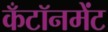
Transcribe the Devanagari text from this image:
कँटॉनमेंट